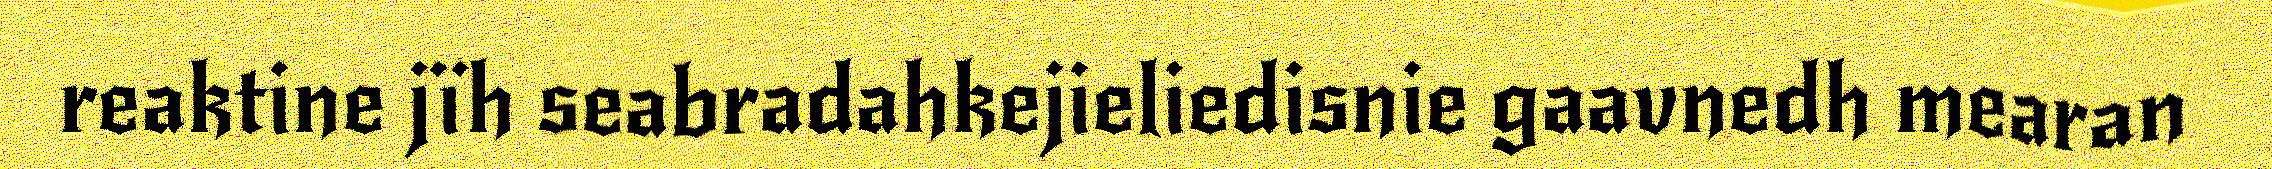
reaktine jïh seabradahkejieliedisnie gaavnedh mearan